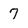
Character: 7